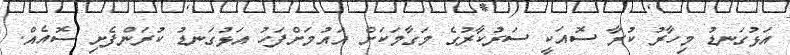
އަޅުގަނޑު މިހާރު ކުރާ ސޮއަކީ ސަރުކާރުގެ މަގާމަކަށް އައުމަށްފަހު އަޅުގަނޑު ކުރަންފެށި ސޮއެއް.